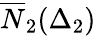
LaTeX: \overline{{N}}_{2}(\Delta_{2})